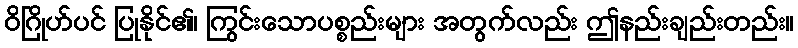
ဝိဂြိုဟ်ပင် ပြုနိုင်၏၊ ကြွင်းသောပစ္စည်းများ အတွက်လည်း ဤနည်းချည်းတည်း။